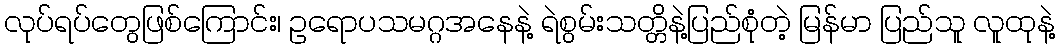
လုပ်ရပ်တွေဖြစ်ကြောင်း၊ ဥရောပသမဂ္ဂအနေနဲ့ ရဲစွမ်းသတ္တိနဲ့ပြည်စုံတဲ့ မြန်မာ ပြည်သူ လူထုနဲ့